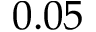
0 . 0 5